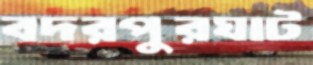
বদরপুরঘাট